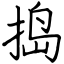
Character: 捣